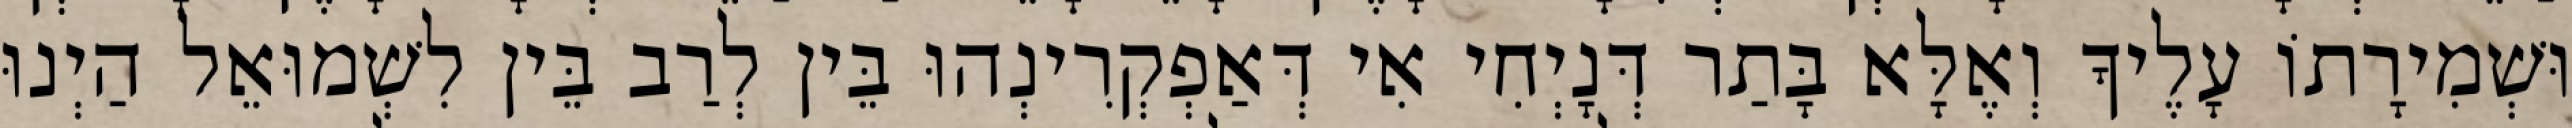
וּשְׁמִירָתוֹ עָלֶיךָ וְאֶלָּא בָּתַר דְּנָיְחִי אִי דְּאַפְקְרִינְהוּ בֵּין לְרַב בֵּין לִשְׁמוּאֵל הַיְנוּ